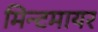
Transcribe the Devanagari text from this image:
मिन्टमायर